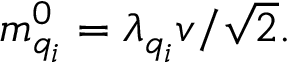
m _ { q _ { i } } ^ { 0 } = \lambda _ { q _ { i } } v / { \sqrt 2 } .